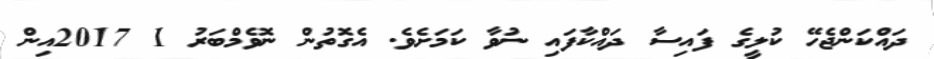
ދައްކަންޖެހޭ ކުލީގެ ފައިސާ ދައްކާފައި ނުވާ ކަމަށެވެ. އެގޮތުން ނޮވެމްބަރު 1 2017އިން